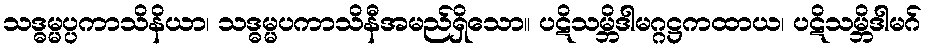
သဒ္ဓမ္မပ္ပကာသိနိယာ၊ သဒ္ဓမ္မပကာသိနီအမည်ရှိသော။ ပဋိသမ္ဘိဒါမဂ္ဂဋ္ဌကထာယ၊ ပဋိသမ္ဘိဒါမဂ်